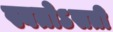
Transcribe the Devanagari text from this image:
स्वतोऽसती